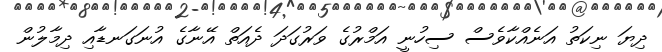
ދިޔަ ނިކަތު އަނެއްކާވެސް ސިހުނީ އަމްރުގެ ވަރުގަދަ ދެއަތް އޭނާގެ އުނަގަނޑާއި ދިމާލުން